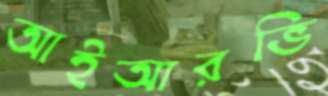
আইআরভি